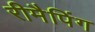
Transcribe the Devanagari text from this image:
रीमैपिंग